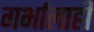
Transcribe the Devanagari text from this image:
गर्भालाही